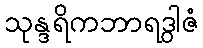
သုန္ဒရိကဘာရဒွါဇံ